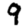
Digit: 9